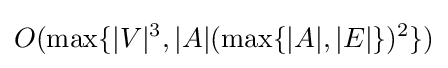
O(\max\{|V|^{3},|A|(\max\{|A|,|E|\})^{2}\})